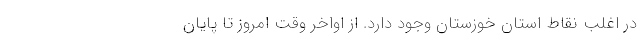
در اغلب نقاط استان خوزستان وجود دارد. از اواخر وقت امروز تا پایان